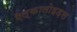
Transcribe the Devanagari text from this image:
ऍल्कालोइड़स